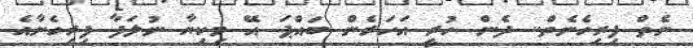
ނެތް ފިރިހެނެތް.. ދެން ހުރީ އަހަރެން ބައްޕަ އޭ މިކިޔާ ނުލަފާ ފިރިހެނާއެ